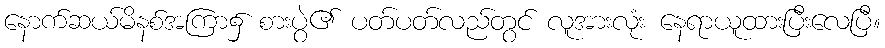
နောက်ဆယ်မိနစ်အကြာ၌ စားပွဲ၏ ပတ်ပတ်လည်တွင် လူအားလုံး နေရာယူထားပြီးလေပြီ။